Lunatic asylums Madras 1877-1891 - 1877-1891
Year: 1877
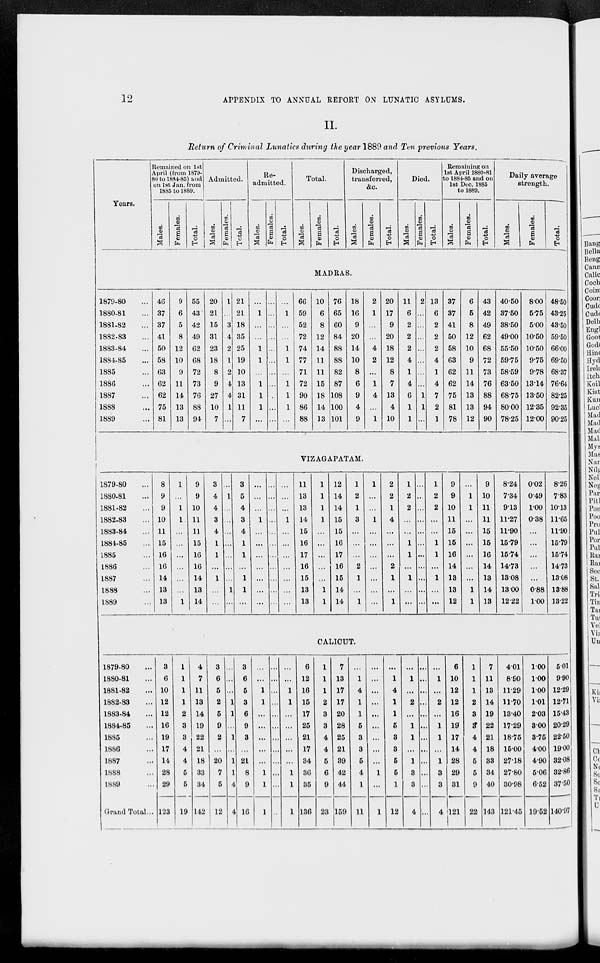
12
APPENDIX TO ANNUAL REPORT ON LUNATIC ASYLUMS.
II.
Return of Criminal Lunatics during the year 1889 and Ten previous Years.
Years.
Remained on 1st
April (from 1879-
80 to 1884-85) and
on 1st Jan. from
1885 to 1889.
Males.
Females.
Total.
Admitted.
Males.
Females.
Total.
Re-
admitted.
Males.
Females.
Total.
Total.
Males.
Females.
Total.
Discharged,
transferred,
&c.
Males.
Females.
Total.
Died.
Males.
Females.
Total.
Remaining on
1st April 1880-81
to 1884-85 and on
1st Dec. 1885
to 1889.
Males.
Females.
Total.
Daily average
strength.
Males.
Females.
Total.
MADRAS.
1879-80 ...
1880-81 ...
1881-82 ...
1882-83 ...
1883-84 ...
1884-85 ...
1885 ...
1886 ...
1887 ...
1888 ...
1889 ...
46
37
37
41
50
58
63
62
62
75
81
9
6
5
8
12
10
9
11
14
13
13
55
43
42
49
62
68
72
73
76
88
94
20
21
15
31
23
18
8
9
27
10
7
1
...
3
4
2
1
2
4
4
1
...
21
21
18
35
25
19
10
13
31
11
7
...
1
...
...
1
1
...
1
1
1
...
...
...
...
...
...
...
...
...
..
...
...
...
1
...
...
1
1
...
1
1
1
...
66
59
52
72
74
77
71
72
90
86
88
10
6
8
12
14
11
11
15
18
14
13
76
65
60
84
88
88
82
87
108
100
101
18
16
9
20
14
10
8
6
9
4
9
2
1
...
...
4
2
...
1
4
...
1
20
17
9
20
18
12
8
7
13
4
10
11
6
2
2
2
4
1
4
6
1
1
2
...
...
...
...
...
...
...
1
1
...
13
6
2
2
2
4
1
4
7
2
1
37
37
41
50
58
63
62
62
75
81
78
6
5
8
12
10
9
11
14
13
13
12
43
42
49
62
68
72
73
76
88
94
90
40.50
37.50
38.50
49.00
55.50
59.75
58.59
63.50
68.75
80.00
78.25
8.00
5.75
5.00
10.50
10.50
9.75
9.78
13.14
13.50
12.35
12.00
48.50
43.25
43.50
59.50
66.00
69.50
68.37
76.64
82.25
92.35
90.25
VIZAGAPATAM.
1879-80 ...
1880-81 ...
1881-82 ...
1882-83 ...
1883-84 ...
1884-85 ...
1885 ...
1886 ...
1887 ...
1888 ...
1889 ...
8
9
9
10
11
15
16
16
14
13
13
1
...
1
1
...
...
...
...
...
...
1
9
9
10
11
11
15
16
16
14
13
14
3
4
4
3
4
1
1
...
1
...
...
...
1
...
...
...
...
...
...
...
1
...
3
5
4
3
4
1
1
...
1
1
...
...
...
...
1
...
...
...
...
...
...
...
...
...
...
...
...
...
...
...
...
...
...
...
...
...
1
...
...
...
...
...
...
...
11
13
13
14
15
16
17
16
15
13
13
1
1
1
1
...
...
...
...
...
1
1
12
14
14
15
15
16
17
16
15
14
14
1
2
1
3
...
...
...
2
1
...
1
1
...
...
1
...
...
...
...
...
...
...
2
2
1
4
...
...
...
2
1
...
1
1
2
2
...
...
1
1
...
1
...
...
...
...
...
...
...
...
...
...
...
...
...
1
2
2
...
...
1
1
...
1
...
...
9
9
10
11
15
15
16
14
13
13
12
...
1
1
...
...
...
...
...
...
1
1
9
10
11
11
15
15
16
14
13
14
13
8.24
7.34
9.13
11.27
11.90
15.79
15.74
14.73
13.08
13.00
12.22
0.02
0.49
1.00
0.38
...
...
...
...
...
0.88
1.00
8.26
7.83
10.13
11.65
11.90
15.79
15.74
14.73
13.08
13.88
13.22
CALICUT.
1879-80 ...
1880-81 ...
1881-82 ...
1882-83
...
1883-84 ...
1884-85 ...
1885 ...
1886 ...
1887 ...
1888 ...
1889 ...
Grand Total ...
3
6
10
12
12
16
19
17
14
28
29
123
1
1
1
1
2
3
3
4
4
5
5
19
4
7
11
13
14
19
22
21
18
33
34
142
3
6
5
2
5
9
2
...
20
7
5
12
...
...
...
1
1
...
1
...
1
1
4
4
3
6
5
3
6
9
3
...
21
8
9
16
...
...
1
1
...
...
...
...
...
1
1
1
...
...
...
...
...
...
...
...
...
...
...
...
...
...
1
1
...
...
...
...
...
1
1
1
6
12
16
15
17
25
21
17
34
36
35
136
1
1
1
2
3
3
4
4
5
6
9
23
7
13
17
17
20
28
25
21
39
42
44
159
...
1
4
1
1
5
3
3
5
4
1
11
...
...
...
...
...
...
...
...
...
1
...
1
...
1
4
1
1
5
3
3
5
5
1
12
...
1
...
2
...
1
1
...
1
3
3
4
...
...
...
...
...
...
...
...
...
...
...
...
...
1
...
2
...
1
1
...
1
3
3
4
6
10
12
12
16
19
17
14
28
29
31
121
1
1
1
2
3
3
4
4
5
5
9
22
7
11
13
14
19
22
21
18
33
34
40
143
4.01
8.90
11.29
11.70
13.40
17.29
18.75
15.00
27.18
27.80
30.98
121.45
1.00
1.00
1.00
1.01
2.03
3.00
3.75
4.00
4.90
5.06
6.52
19.52
5.01
9.90
12.29
12.71
15.43
20.29
22.50
19.00
32.08
32.86
37.50
140.97